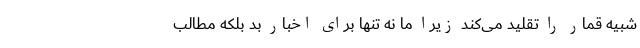
شبیه قمار را تقلید می‌کند زیرا ما نه تنها برای اخبار بد بلکه مطالب